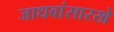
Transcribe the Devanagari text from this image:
जाधवांसारखे